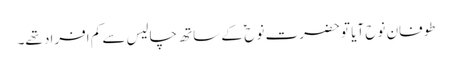
طوفانِ نوح آیا تو حضرت نوح ؑ کے ساتھ چالیس سے کم افراد تھے۔